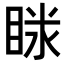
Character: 𥇫